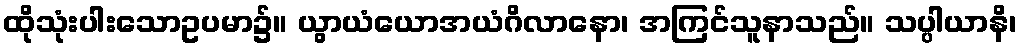
ထိုသုံးပါးသောဥပမာ၌။ ယွာယံယောအယံဂိလာနော၊ အကြင်သူနာသည်။ သပ္ပါယာနိ၊